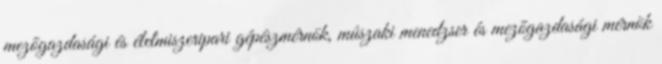
mezõgazdasági és élelmiszeripari gépészmérnök, mûszaki menedzser és mezõgazdasági mérnök